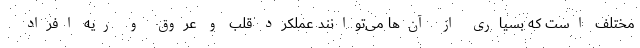
مختلف است که بسیاری از آن‌ها می‌توانند عملکرد قلب و عروق و ریه افراد